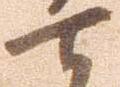
七